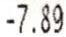
-7.89